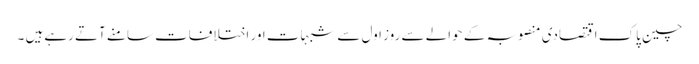
چین پاک اقتصادی منصوبہ کے حوالے سے روز اول سے شبہات اور اختلافات سامنے آتے رہےہیں ۔